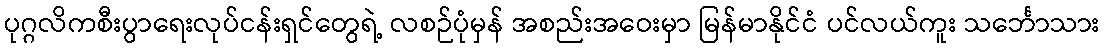
ပုဂ္ဂလိကစီးပွာရေးလုပ်ငန်းရှင်တွေရဲ့ လစဉ်ပုံမှန် အစည်းအဝေးမှာ မြန်မာနိုင်ငံ ပင်လယ်ကူး သင်္ဘောသား